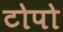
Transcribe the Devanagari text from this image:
टोपो